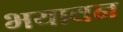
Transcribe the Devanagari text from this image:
भयावन